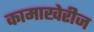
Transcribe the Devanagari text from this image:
कामाखेरीज